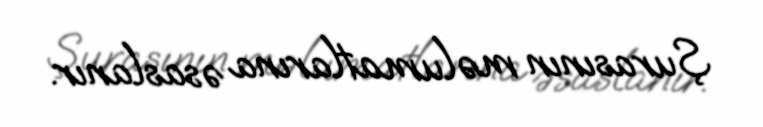
Şurasının məlumatlarına əsaslanır.